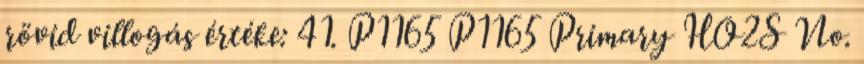
rövid villogás értéke: 41. P1165 P1165 Primary HO2S No.